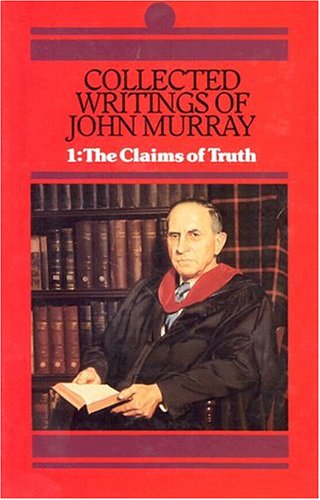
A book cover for Collected Writings of John Murray: Claims of Truth (His Collected Writings of John Murray; V. 1) (His Collected Writings of John Murray; V. 1); John Murray- volume 1; Christian Books & Bibles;